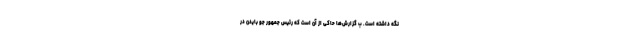
نگه داشته است. ب گزارش‌ها حاکی از آن است که رئیس جمهور جو بایدن در